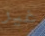
غير